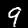
Digit: 9